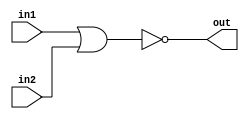
/*
    CS/ECE 552 Spring '20
    Homework #1, Problem 2

    2 input NOR
*/
module nor2 (in1,in2,out);
    input in1,in2;
    output out;
    assign out = ~(in1 | in2);
endmodule